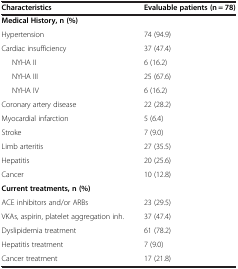
<table><thead><tr><td><b>Characteristics</b></td><td><b>Evaluable patients (n = 78)</b></td></tr></thead><tbody><tr><td><b>Medical History, n (%)</b></td><td> </td></tr><tr><td>Hypertension</td><td>74 (94.9)</td></tr><tr><td>Cardiac insufficiency</td><td>37 (47.4)</td></tr><tr><td>NYHA II</td><td>6 (16.2)</td></tr><tr><td>NYHA III</td><td>25 (67.6)</td></tr><tr><td>NYHA IV</td><td>6 (16.2)</td></tr><tr><td>Coronary artery disease</td><td>22 (28.2)</td></tr><tr><td>Myocardial infarction</td><td>5 (6.4)</td></tr><tr><td>Stroke</td><td>7 (9.0)</td></tr><tr><td>Limb arteritis</td><td>27 (35.5)</td></tr><tr><td>Hepatitis</td><td>20 (25.6)</td></tr><tr><td>Cancer</td><td>10 (12.8)</td></tr><tr><td><b>Current treatments, n (%)</b></td><td> </td></tr><tr><td>ACE inhibitors and/or ARBs</td><td>23 (29.5)</td></tr><tr><td>VKAs, aspirin, platelet aggregation inh.</td><td>37 (47.4)</td></tr><tr><td>Dyslipidemia treatment</td><td>61 (78.2)</td></tr><tr><td>Hepatitis treatment</td><td>7 (9.0)</td></tr><tr><td>Cancer treatment</td><td>17 (21.8)</td></tr></tbody></table>